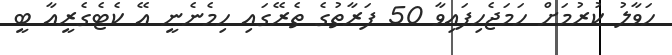
ހަވާލު ކުރުމަށް ހަމަޖެހިފައިވާ 50 ފަރާތުގެ ތެރޭގައި ހިމެނެނީ އޭ ކެޓެގެރީއާ ބީ